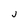
Character: j